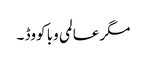
مگر عالمی وبا کووڈ ۔